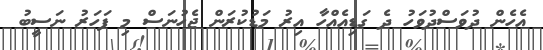
އެހެން ދުވަސްދުވަހު ދެ ގަޑިއެއްހާ އިރު މަޑުކުރަން ޖެހުނަސް މި ފަހަރު ނަސީބު